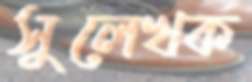
সুলেখক